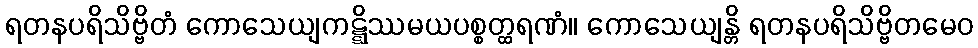
ရတနပရိသိဗ္ဗိတံ ကောသေယျကဋ္ဋိဿမယပစ္စတ္ထရဏံ။ ကောသေယျန္တိ ရတနပရိသိဗ္ဗိတမေဝ